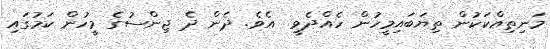
މަނިތިއްކަކުން ތިޔަބައިމީހުން ހެއްދެވީ  އެވެ. ދެން ދެ ޖިންސުގެ މީހުން ކަމުގައި